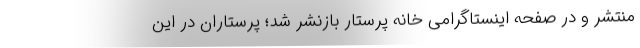
منتشر و در صفحه اینستاگرامی خانه پرستار بازنشر شد؛ پرستاران در این